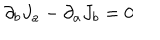
LaTeX: { \partial } _ { b } J _ { a } - { \partial } _ { a } J _ { b } = 0